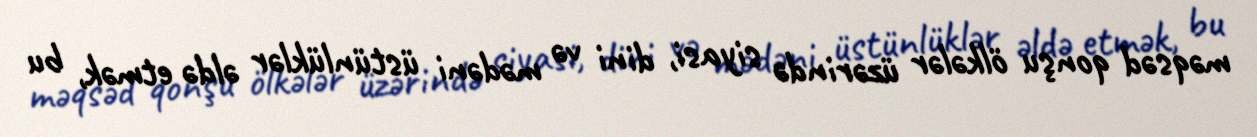
məqsəd qonşu ölkələr üzərində siyasi, dini və mədəni üstünlüklər əldə etmək, bu